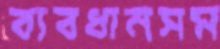
ব্যবধানসম